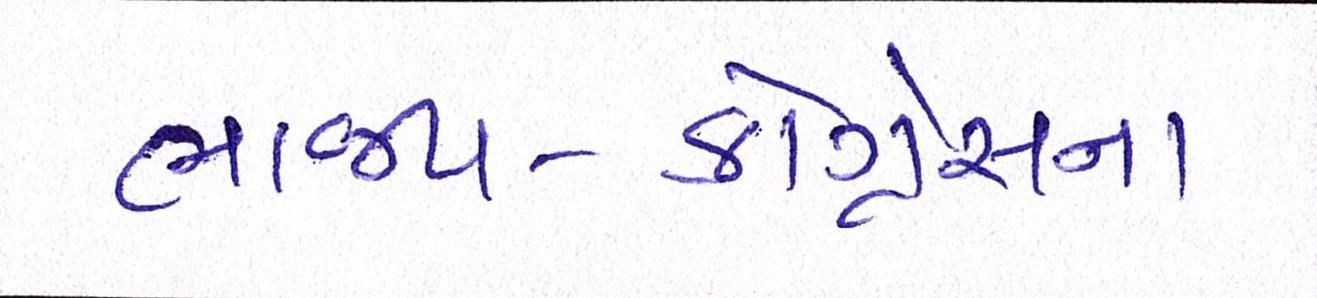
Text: ભાજપ-કોંગ્રેસના